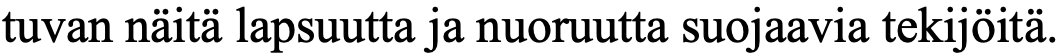
tuvan näitä lapsuutta ja nuoruutta suojaavia tekijöitä.